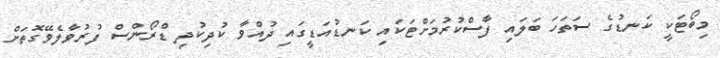
މިބޯޓަކީ ކަނޑުގެ ސަތަހަ ބަލައި ފާސްކުރުމަށްޓަކައި ކަނޑުއަޑީގައި ދުއްވާ ކުދިކުދި ޑްރޯންސް ފުރުވާލެވޭގޮތަށް